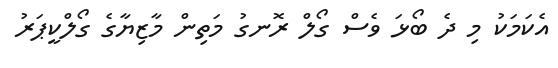
އެކަމަކު މި ދެ ބޯޅަ ވެސް ގޯލް ރޮނގު މަތިން މާޒިޔާގެ ގޯލްކީޕަރު